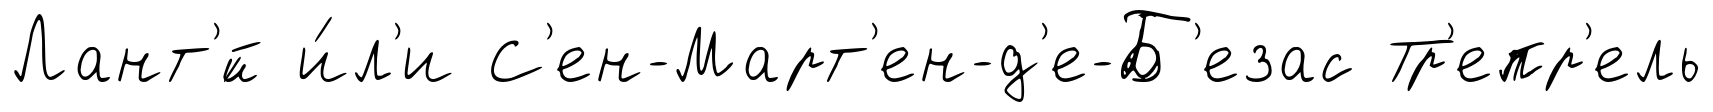
Лант'́й и́л'и С'ен-Март'ен-д'е-Б'езас Тр'епр'ель